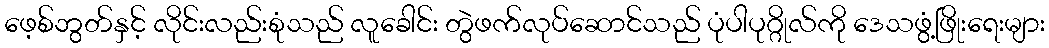
ဖေ့စ်ဘွတ်နှင့် လိုင်းလည်းစုံသည် လူခေါင်း တွဲဖက်လုပ်ဆောင်သည် ပုံပါပုဂ္ဂိုလ်ကို ဒေသဖွံ့ဖြိုးရေးများ